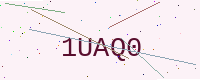
Text: 1UAQ0